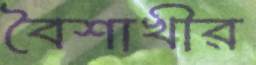
বৈশাখীর